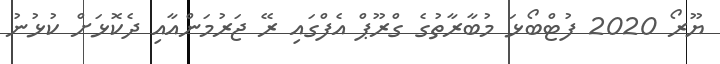
ޔޫރޯ 2020 ފުޓްބޯޅަ މުބާރާތުގެ ގްރޫޕް އެފްގައި ރޭ ޖަރުމަންއާއި ދެކޮޅަށް ކުޅުނު